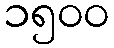
၁၅၀၀